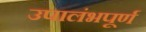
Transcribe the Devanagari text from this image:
उपालंभपूर्ण